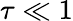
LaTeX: \tau\ll 1